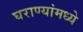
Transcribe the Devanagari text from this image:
घराण्यांमध्ये